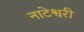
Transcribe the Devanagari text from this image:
नाटेश्वरी